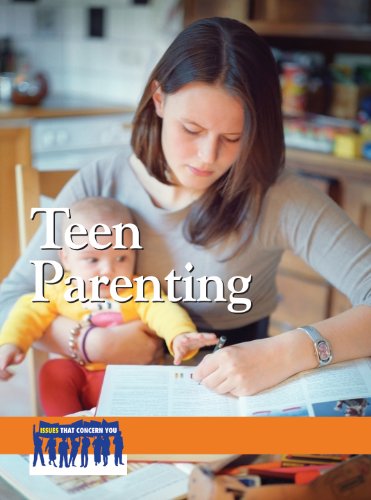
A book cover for Teen Parenting (Issues That Concern You); Laurie Willis; Teen & Young Adult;